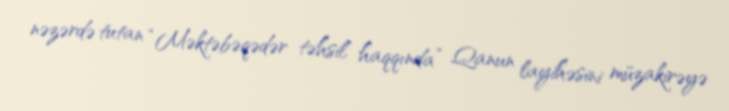
nəzərdə tutan “Məktəbəqədər təhsil haqqında” Qanun layihəsini müzakirəyə